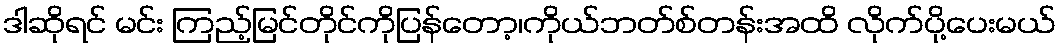
ဒါဆိုရင် မင်း ကြည့်မြင်တိုင်ကိုပြန်တော့၊ကိုယ်ဘတ်စ်တန်းအထိ လိုက်ပို့ပေးမယ်